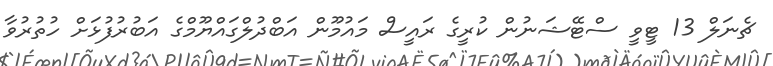
ޗެނަލް 13 ޓީވީ ސްޓޭޝަނުން ކުރީގެ ރައީސް މައުމޫން އަބްދުލްގައްޔޫމްގެ އަބުރުފުޅަށް ހުތުރުވާ